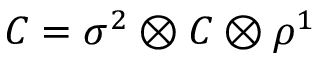
{ \cal C } = \sigma ^ { 2 } \otimes C \otimes \rho ^ { 1 }